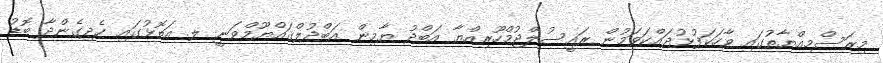
މިރަސްމިއްޔާތުގައި ވާހަކަފުޅުދައްކަވަމުން ރައީސުލްޖުމްހޫރިއްޔާ އަބްދު ޔާމިން އަބްދުލްޤައްޔޫމްވަނީ ލ. އަތޮޅުގައި ހެދިގެންދާ ބޮޑު